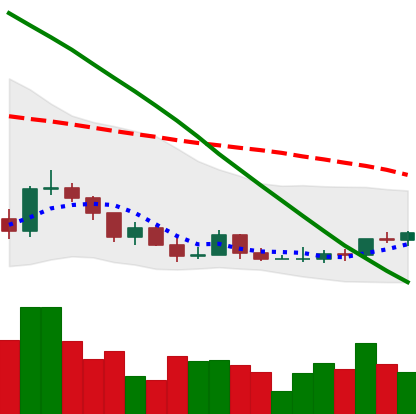
Ticker: ADA-USD
Chart end date: 2022-03-18
Forward return: 29.768%
Label: up_7plus